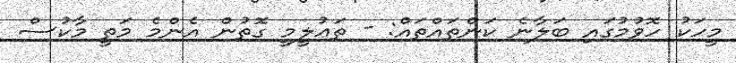
މީހަކު ހޮވުމުގައި ބަލާނެ ކަންތައްތައް: - ތަޢުލީމީ ގޮތުން އެންމެ މަތީ މާކުސް